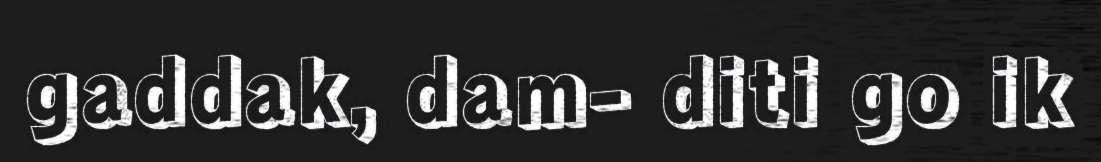
gaddak, dam- diti go ik